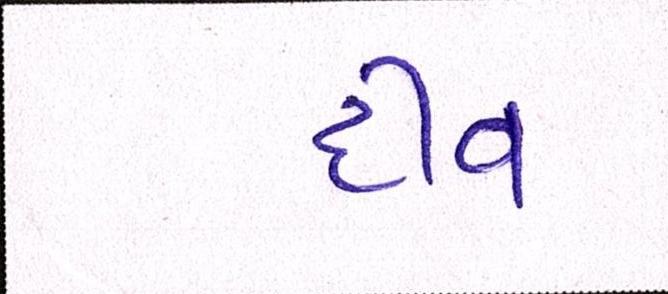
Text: દીવ